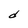
Character: d